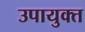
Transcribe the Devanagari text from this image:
उपायुक्‍त